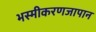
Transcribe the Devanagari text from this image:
भस्मीकरणजापान